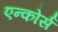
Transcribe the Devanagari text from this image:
एन्कोर्स